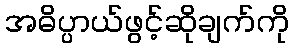
အဓိပ္ပာယ်ဖွင့်ဆိုချက်ကို